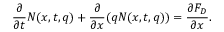
\frac { \partial } { \partial { t } } N ( x , t , q ) + \frac { \partial } { \partial { x } } ( q N ( x , t , q ) ) = \frac { \partial { F _ { D } } } { \partial { x } } .